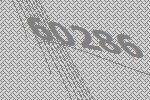
60286